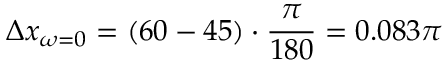
\Delta x _ { \omega = 0 } = ( 6 0 - 4 5 ) \cdot \frac { \pi } { 1 8 0 } = 0 . 0 8 3 \pi